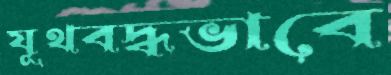
যূথবদ্ধভাবে